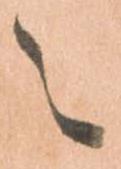
之